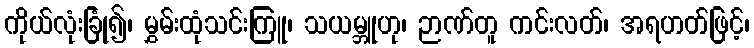
ကိုယ်လုံးခြုံ၍၊ မွှမ်းထုံသင်းကြူ၊ သယမ္ဘူဟု၊ ဉာဏ်တူ ကင်းလတ်၊ အရဟတ်ဖြင့်၊